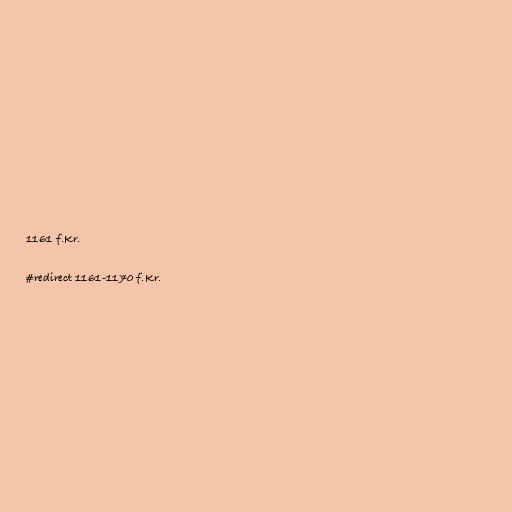
1161 f.Kr.

#redirect 1161-1170 f.Kr.